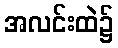
အလင်းထဲ၌